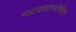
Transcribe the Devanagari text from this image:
नाटयशास्त्रविहित